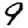
Digit: 9